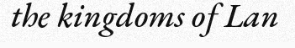
the kingdoms of Lan